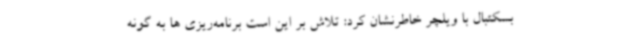
بسکتبال با ویلچر خاطرنشان کرد: تلاش بر این است برنامه‌ریزی ها به گونه